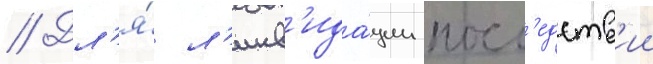
// Дл'я́ л'икв'ида́ции посл'едств'ии